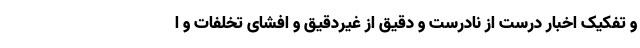
و تفکیک اخبار درست از نادرست و دقیق از غیردقیق و افشای تخلفات و ا